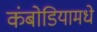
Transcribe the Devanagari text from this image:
कंबोडियामधे